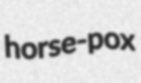
horse-pox